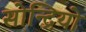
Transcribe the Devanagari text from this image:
सोन्द्रियो